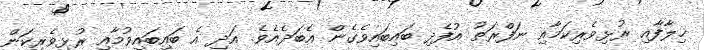
ޚިލާފާއި ރުޅިވެރިކަމާއި ނަފްރަތު އުފެދި ބައިބައިވެގެން އެބަދެއެވެ. އަދި އެ ބައިބައިވުމާއި ރުޅިވެރިކަން